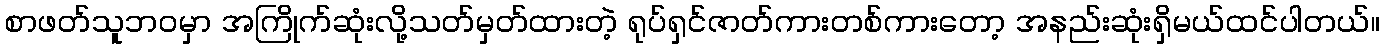
စာဖတ်သူဘဝမှာ အကြိုက်ဆုံးလို့သတ်မှတ်ထားတဲ့ ရုပ်ရှင်ဇာတ်ကားတစ်ကားတော့ အနည်းဆုံးရှိမယ်ထင်ပါတယ်။